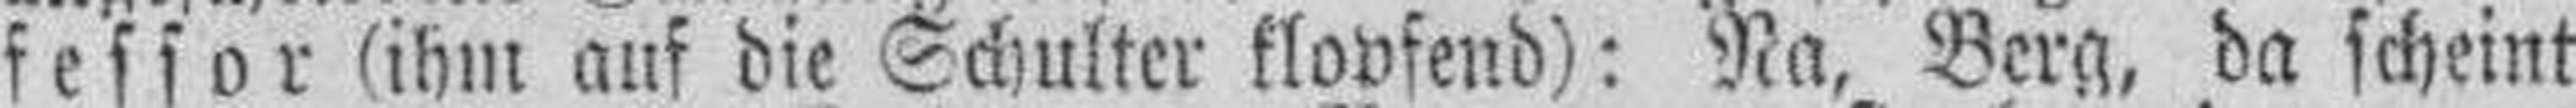
fessor (ihm auf die Schulter klopfend): Na, Berg, da scheint